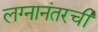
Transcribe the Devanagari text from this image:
लग्नानंतरची